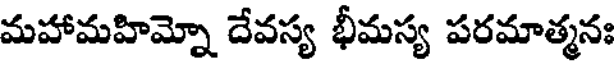
మహామహిమ్నో దేవస్య భీమస్య పరమాత్మనః